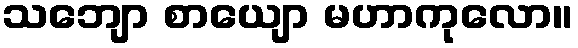
သဘျော စာယျော မဟာကုလော။